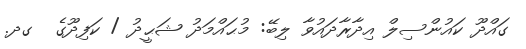
ގައްދޫ ކައުންސިލް އިދާރާދައުވާ ލިބޭ: މުޙައްމަދު ޝަޙީދު / ކަފިދޫގެ  ގދ.